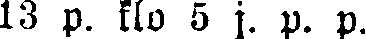
13 p. klo 5 j. p. p.